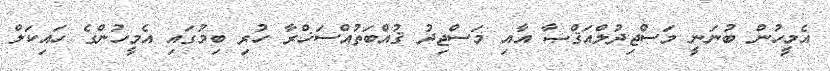
އެމީހުން ބުނަނީ މަސްޖިދުލްއަޤްޞާ އާއި މަސްޖިދު ޤުއްބަތުއްސަޚްރާ ހުރި ބިމުގައި އެމީހުންގެ ހައިކަލް